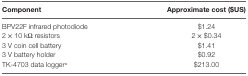
<table><thead><tr><td><b>Component</b></td><td><b>Approximate cost ($US)</b></td></tr></thead><tbody><tr><td>BPV22F infrared photodiode</td><td>$1.24</td></tr><tr><td>2 × 10 kΩ resistors</td><td>2 × $0.34</td></tr><tr><td>3 V coin cell battery</td><td>$1.41</td></tr><tr><td>3 V battery holder</td><td>$0.92</td></tr><tr><td>TK-4703 data logger<sup>a</sup></td><td>$213.00</td></tr></tbody></table>